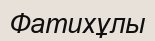
Фатихұлы